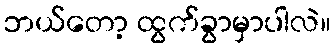
ဘယ်တော့ ထွက်ခွာမှာပါလဲ။